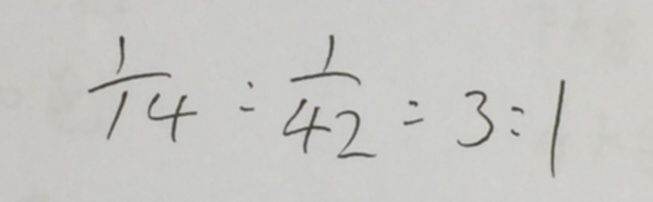
\frac { 1 } { 1 4 } : \frac { 1 } { 4 2 } = 3 : 1